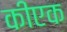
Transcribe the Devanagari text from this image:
कीएक